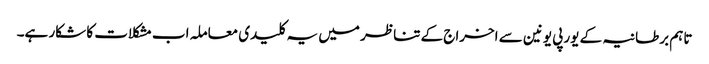
تاہم برطانیہ کے یورپی یونین سے اخراج کے تناظر میں یہ کلیدی معاملہ اب مشکلات کا شکار ہے۔